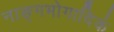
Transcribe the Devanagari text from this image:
नाङ्गभोगादिकं